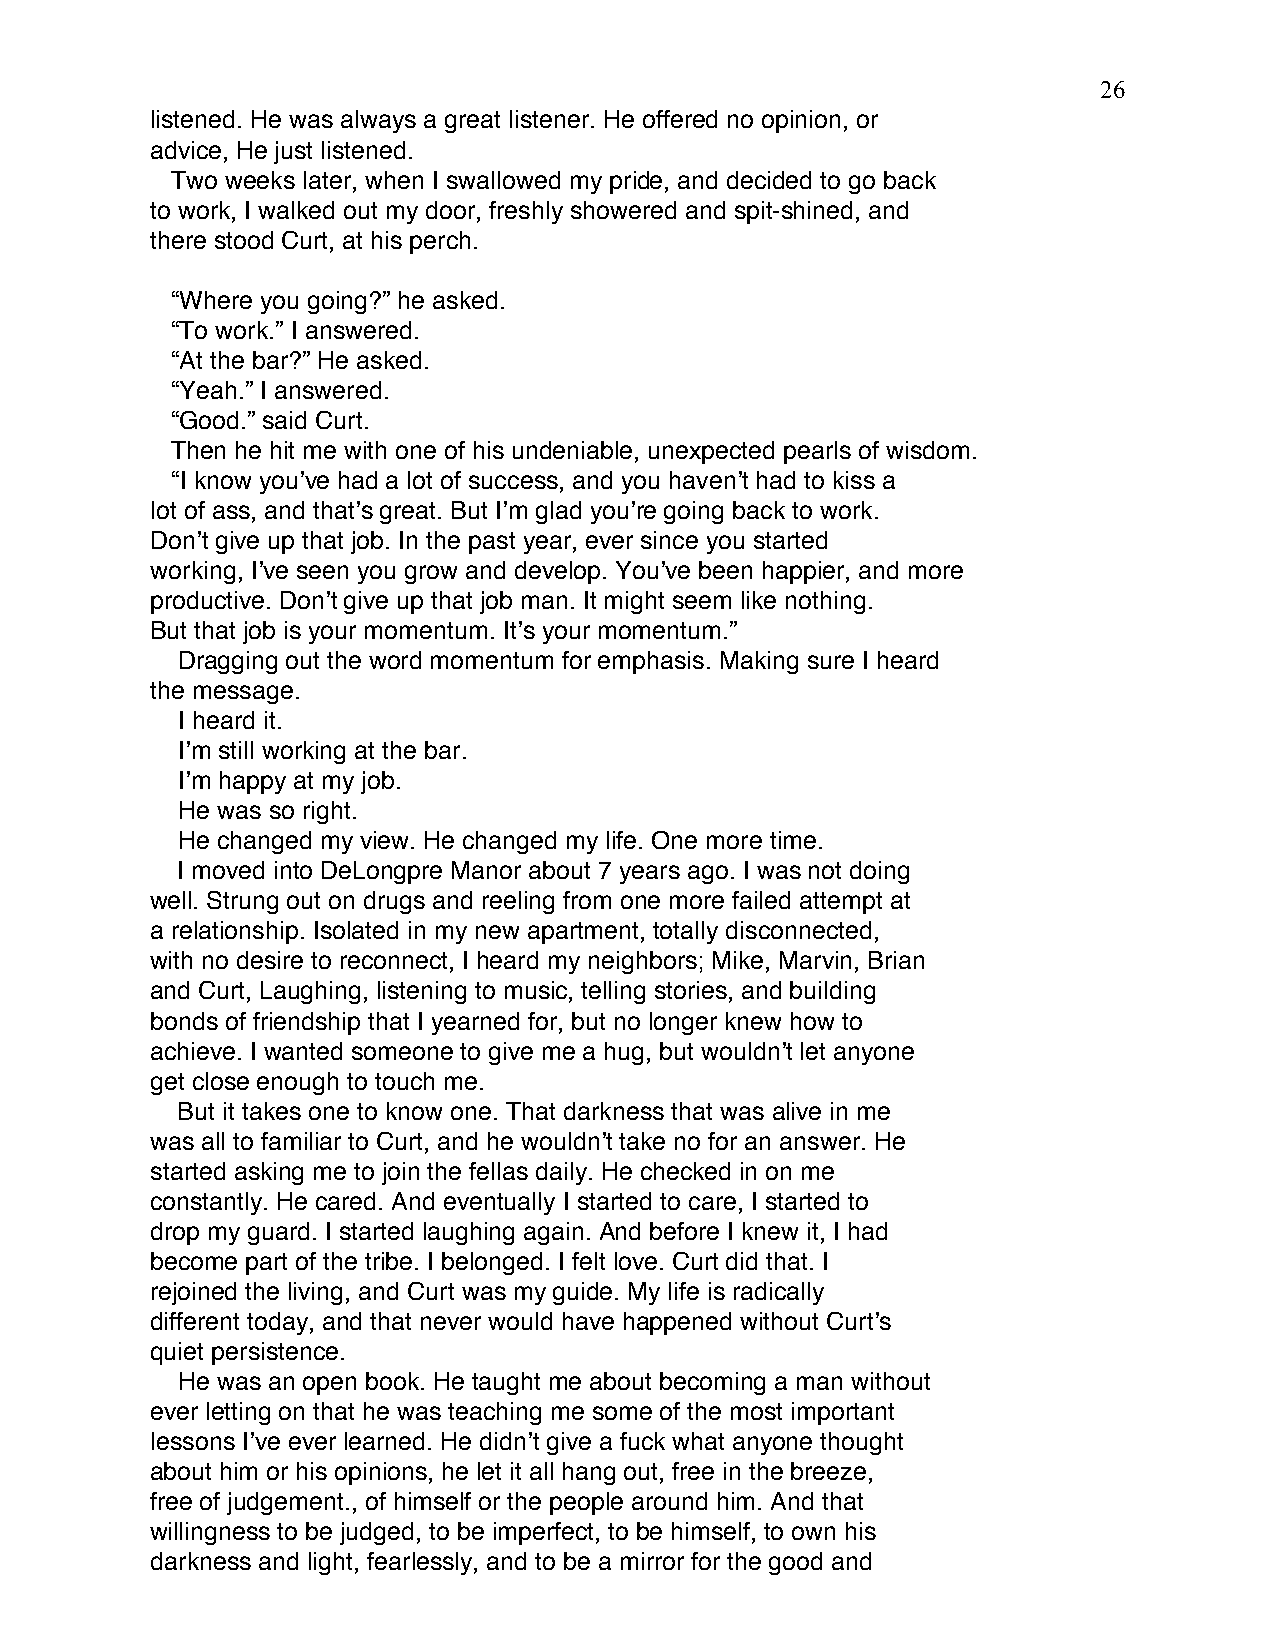
26
 listened. He was always a great listener. He offered no opinion, or
 advice, He just listened.
 Two weeks later, when I swallowed my pride, and decided to go back
 to work, I walked out my door, freshly showered and spit-shined, and
 there stood Curt, at his perch.
 “Where you going?” he asked.
 “To work.” I answered.
 “At the bar?” He asked.
 “Yeah.” I answered.
 “Good.” said Curt.
 Then he hit me with one of his undeniable, unexpected pearls of wisdom.
 “I know youʼve had a lot of success, and you havenʼt had to kiss a
 lot of ass, and thatʼs great. But Iʼm glad youʼre going back to work.
 Donʼt give up that job. In the past year, ever since you started
 working, Iʼve seen you grow and develop. Youʼve been happier, and more
 productive. Donʼt give up that job man. It might seem like nothing.
 But that job is your momentum. Itʼs your momentum.”
 Dragging out the word momentum for emphasis. Making sure I heard
 the message.
 I heard it.
 Iʼm still working at the bar.
 Iʼm happy at my job.
 He was so right.
 He changed my view. He changed my life. One more time.
 I moved into DeLongpre Manor about 7 years ago. I was not doing
 well. Strung out on drugs and reeling from one more failed attempt at
 a relationship. Isolated in my new apartment, totally disconnected,
 with no desire to reconnect, I heard my neighbors; Mike, Marvin, Brian
 and Curt, Laughing, listening to music, telling stories, and building
 bonds of friendship that I yearned for, but no longer knew how to
 achieve. I wanted someone to give me a hug, but wouldnʼt let anyone
 get close enough to touch me.
 But it takes one to know one. That darkness that was alive in me
 was all to familiar to Curt, and he wouldnʼt take no for an answer. He
 started asking me to join the fellas daily. He checked in on me
 constantly. He cared. And eventually I started to care, I started to
 drop my guard. I started laughing again. And before I knew it, I had
 become part of the tribe. I belonged. I felt love. Curt did that. I
 rejoined the living, and Curt was my guide. My life is radically
 different today, and that never would have happened without Curtʼs
 quiet persistence.
 He was an open book. He taught me about becoming a man without
 ever letting on that he was teaching me some of the most important
 lessons Iʼve ever learned. He didnʼt give a fuck what anyone thought
 about him or his opinions, he let it all hang out, free in the breeze,
 free of judgement., of himself or the people around him. And that
 willingness to be judged, to be imperfect, to be himself, to own his
 darkness and light, fearlessly, and to be a mirror for the good and